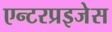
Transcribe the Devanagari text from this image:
एन्टरप्रइजेस